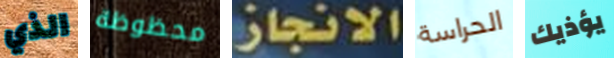
الذي محظوظة الانجاز الحراسة يؤذيك